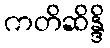
ကတိဆိန္ဒိ